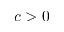
c > 0